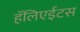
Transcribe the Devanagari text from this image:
हॅलिएईटस